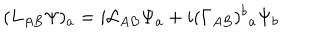
( L _ { A B } \Psi ) _ { a } = i { \cal L } _ { A B } \Psi _ { a } + i ( \Gamma _ { A B } ) ^ { b } { } _ { a } \Psi _ { b }